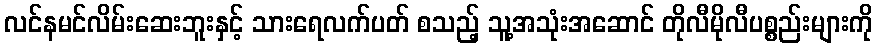
လင်နမင်လိမ်းဆေးဘူးနှင့် သားရေလက်ပတ် စသည့် သူ့အသုံးအဆောင် တိုလီမိုလီပစ္စည်းများကို